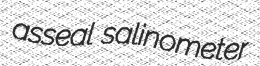
asseal salinometer